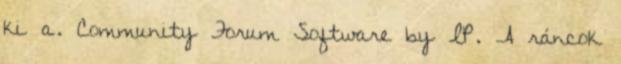
ki a. Community Forum Software by IP. A ráncok